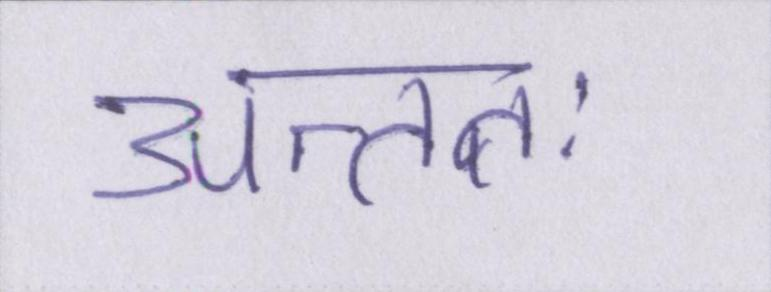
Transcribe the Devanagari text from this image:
अन्ततः